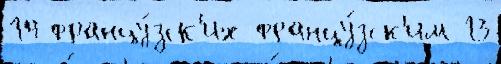
14 францу́зск'их францу́зск'им 13